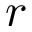
r